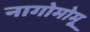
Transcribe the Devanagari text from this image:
नागोमोमू